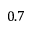
0 . 7